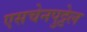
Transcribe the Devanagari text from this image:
एसचेनपुट्टेल